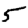
Digit: 5